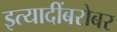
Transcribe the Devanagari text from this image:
इत्यादींबरोबर